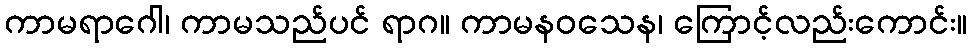
ကာမရာဂေါ၊ ကာမသည်ပင် ရာဂ။ ကာမနဝသေန၊ ကြောင့်လည်းကောင်း။